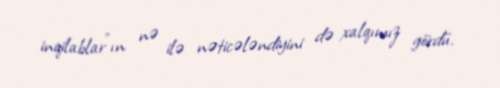
inqilablar”ın nə ilə nəticələndiyini də xalqımız gördü.